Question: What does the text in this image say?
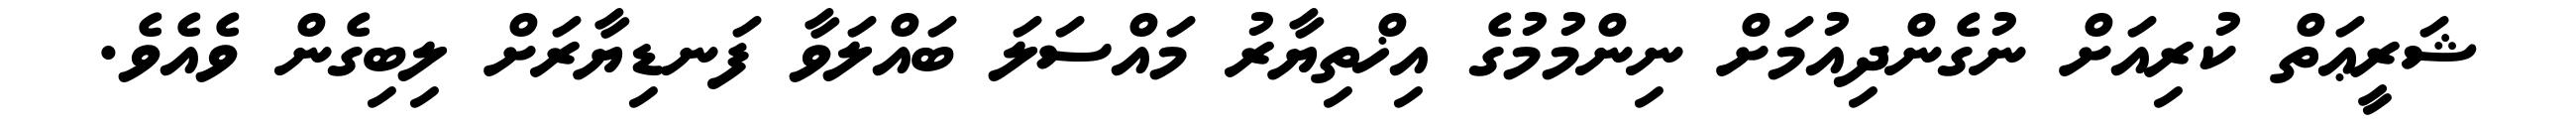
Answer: ޝަރީޢަތް ކުރިއަށް ނުގެންދިއުމަށް ނިންމުމުގެ އިޚްތިޔާރު މައްސަލަ ބައްލަވާ ފަނޑިޔާރަށް ލިބިގެން ވެއެވެ.